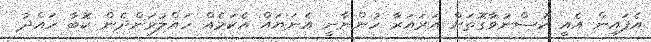
އެފައިން އެއީ ހުސްނުވާގޮތަށް އަރައަރާ ހުންނާނީ އެނަޔައް އެކަމެއް ހައްލުވަންދެން ކޮބާ ހައްދު